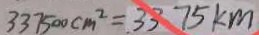
3 3 7 5 0 0 c m ^ { 2 } = 3 3 7 5 k m